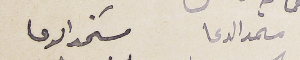
مسىمد الدعا مسَتمد الدعا